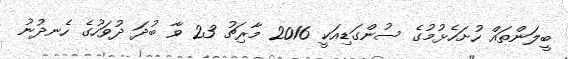
ބީލަންތައް ހުށަހެޅުމުގެ ސުންގަޑިއަކީ 2016 މާރިޗު 23 ވާ ބުދަ ދުވަހުގެ ހެނދުނު